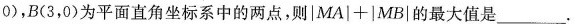
0)，B(3，0)为平面直角坐标系中的两点，则$$ | MA | + | MB |$$的最大值是________.